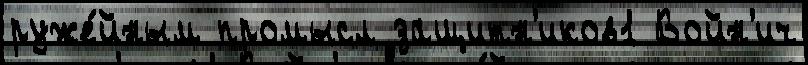
руже́йным промысл защитн'иков1 Войн'ич